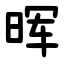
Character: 晖